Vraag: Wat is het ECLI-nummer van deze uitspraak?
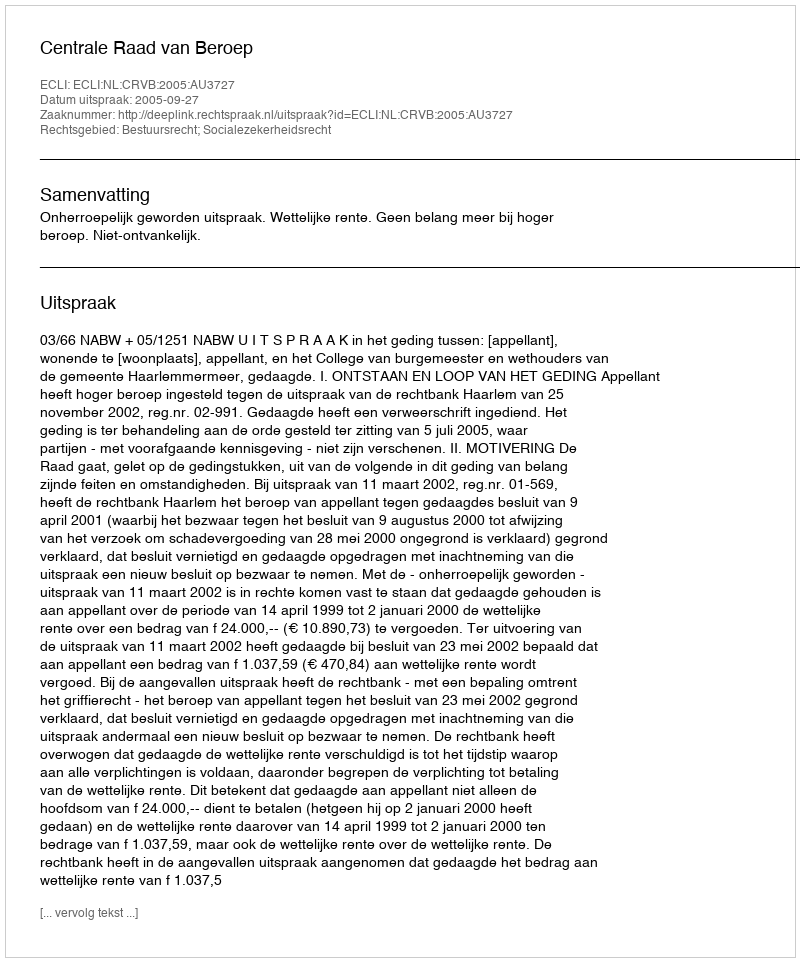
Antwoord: ECLI:NL:CRVB:2005:AU3727